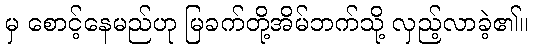
မှ စောင့်နေမည်ဟု မြခက်တို့အိမ်ဘက်သို့ လှည့်လာခဲ့၏။